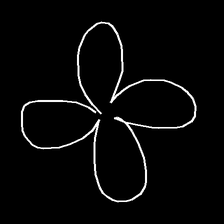
Glyph: billowing